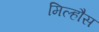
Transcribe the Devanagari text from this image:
मिल्हौस